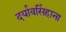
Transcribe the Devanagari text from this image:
दर्यावसिंहाना